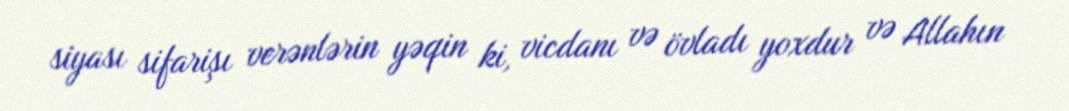
siyası sifarişı verənlərin yəqin ki, vicdanı və övladı yoxdur və Allahın